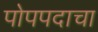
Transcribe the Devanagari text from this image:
पोपपदाचा